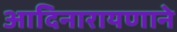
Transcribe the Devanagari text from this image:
आदिनारायणाने